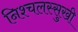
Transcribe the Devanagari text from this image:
निश्चलस्सुखी